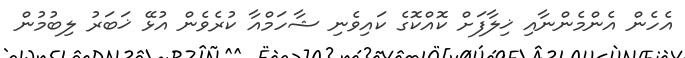
އެހެން އެންމެންނާއި ޚިލާފަށް ކޮއްކޮގެ ކައިވެނި ޝާހަމްއާ ކުރެވެން އުޅޭ ޚަބަރު ލިބުމުން